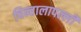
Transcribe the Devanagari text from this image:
चिन्तालापल्ली